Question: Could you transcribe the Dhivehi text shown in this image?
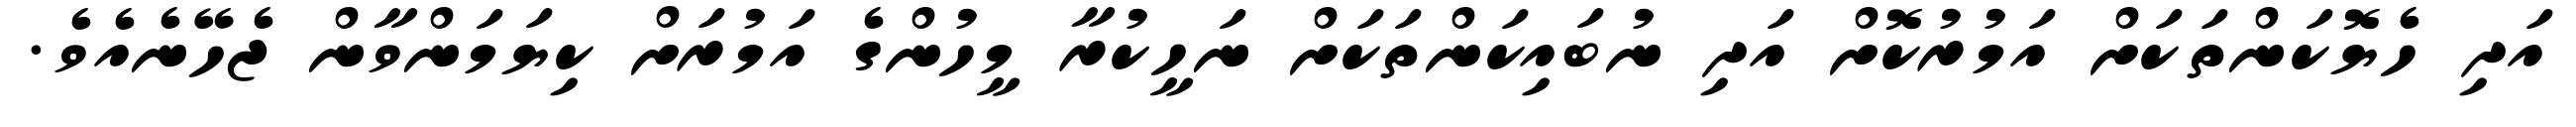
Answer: އަދި ހެޔޮކަންތަކަށް އަމުރުކޮށް އަދި ނުބައިކަންތަކަށް ނަހީކުރާ މީހުންގެ އަމުރަށް ކިޔަމަންވާން ޖެހޭނެއެވެ.